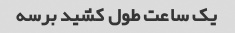
یک ساعت طول کشید برسه